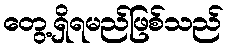
တွေ့ရှိရမည်ဖြစ်သည်